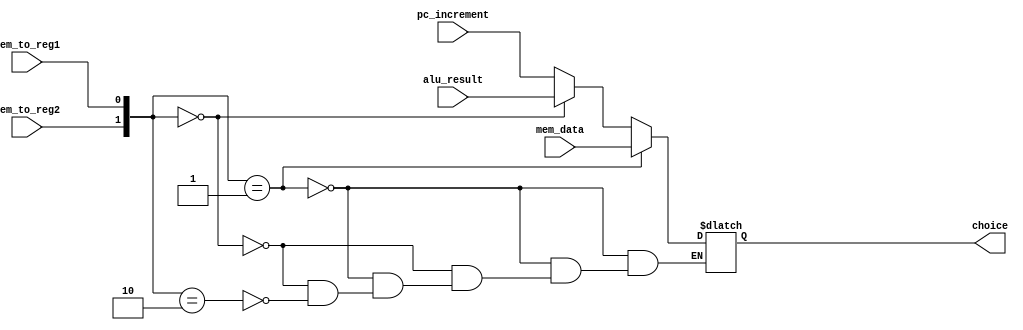
module register_mux (mem_data, alu_result, pc_increment, mem_to_reg1, mem_to_reg2, choice);
    input [31:0] mem_data, alu_result, pc_increment;
    input mem_to_reg1, mem_to_reg2;
    output reg [31:0] choice;

    always @(mem_to_reg1 or mem_to_reg2 or alu_result or mem_data) begin
        if ({mem_to_reg2,mem_to_reg1}==2'b01)
            choice = mem_data;
        else if ({mem_to_reg2,mem_to_reg1}==2'b00)
            choice = alu_result;
        else if ({mem_to_reg2,mem_to_reg1}==2'b10)
            choice = pc_increment;
    end
endmodule